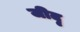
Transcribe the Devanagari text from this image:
जीदृ